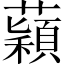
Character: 蘔